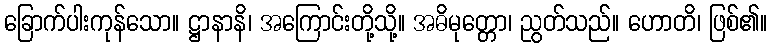
ခြောက်ပါးကုန်သော။ ဋ္ဌာနာနိ၊ အကြောင်းတို့သို့။ အဓိမုတ္တော၊ ညွတ်သည်။ ဟောတိ၊ ဖြစ်၏။